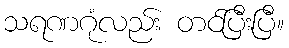
သရဏဂုံလည်း တင်ပြီးပြီ။